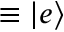
\equiv \left| e \right\rangle